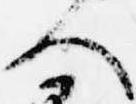
人